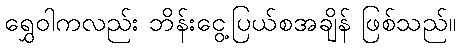
ရွှေဝါကလည်း ဘိန်းငွေ့ပြယ်စအချိန် ဖြစ်သည်။